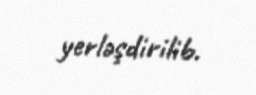
yerləşdirilib.